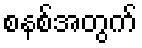
စနစ်အတွက်